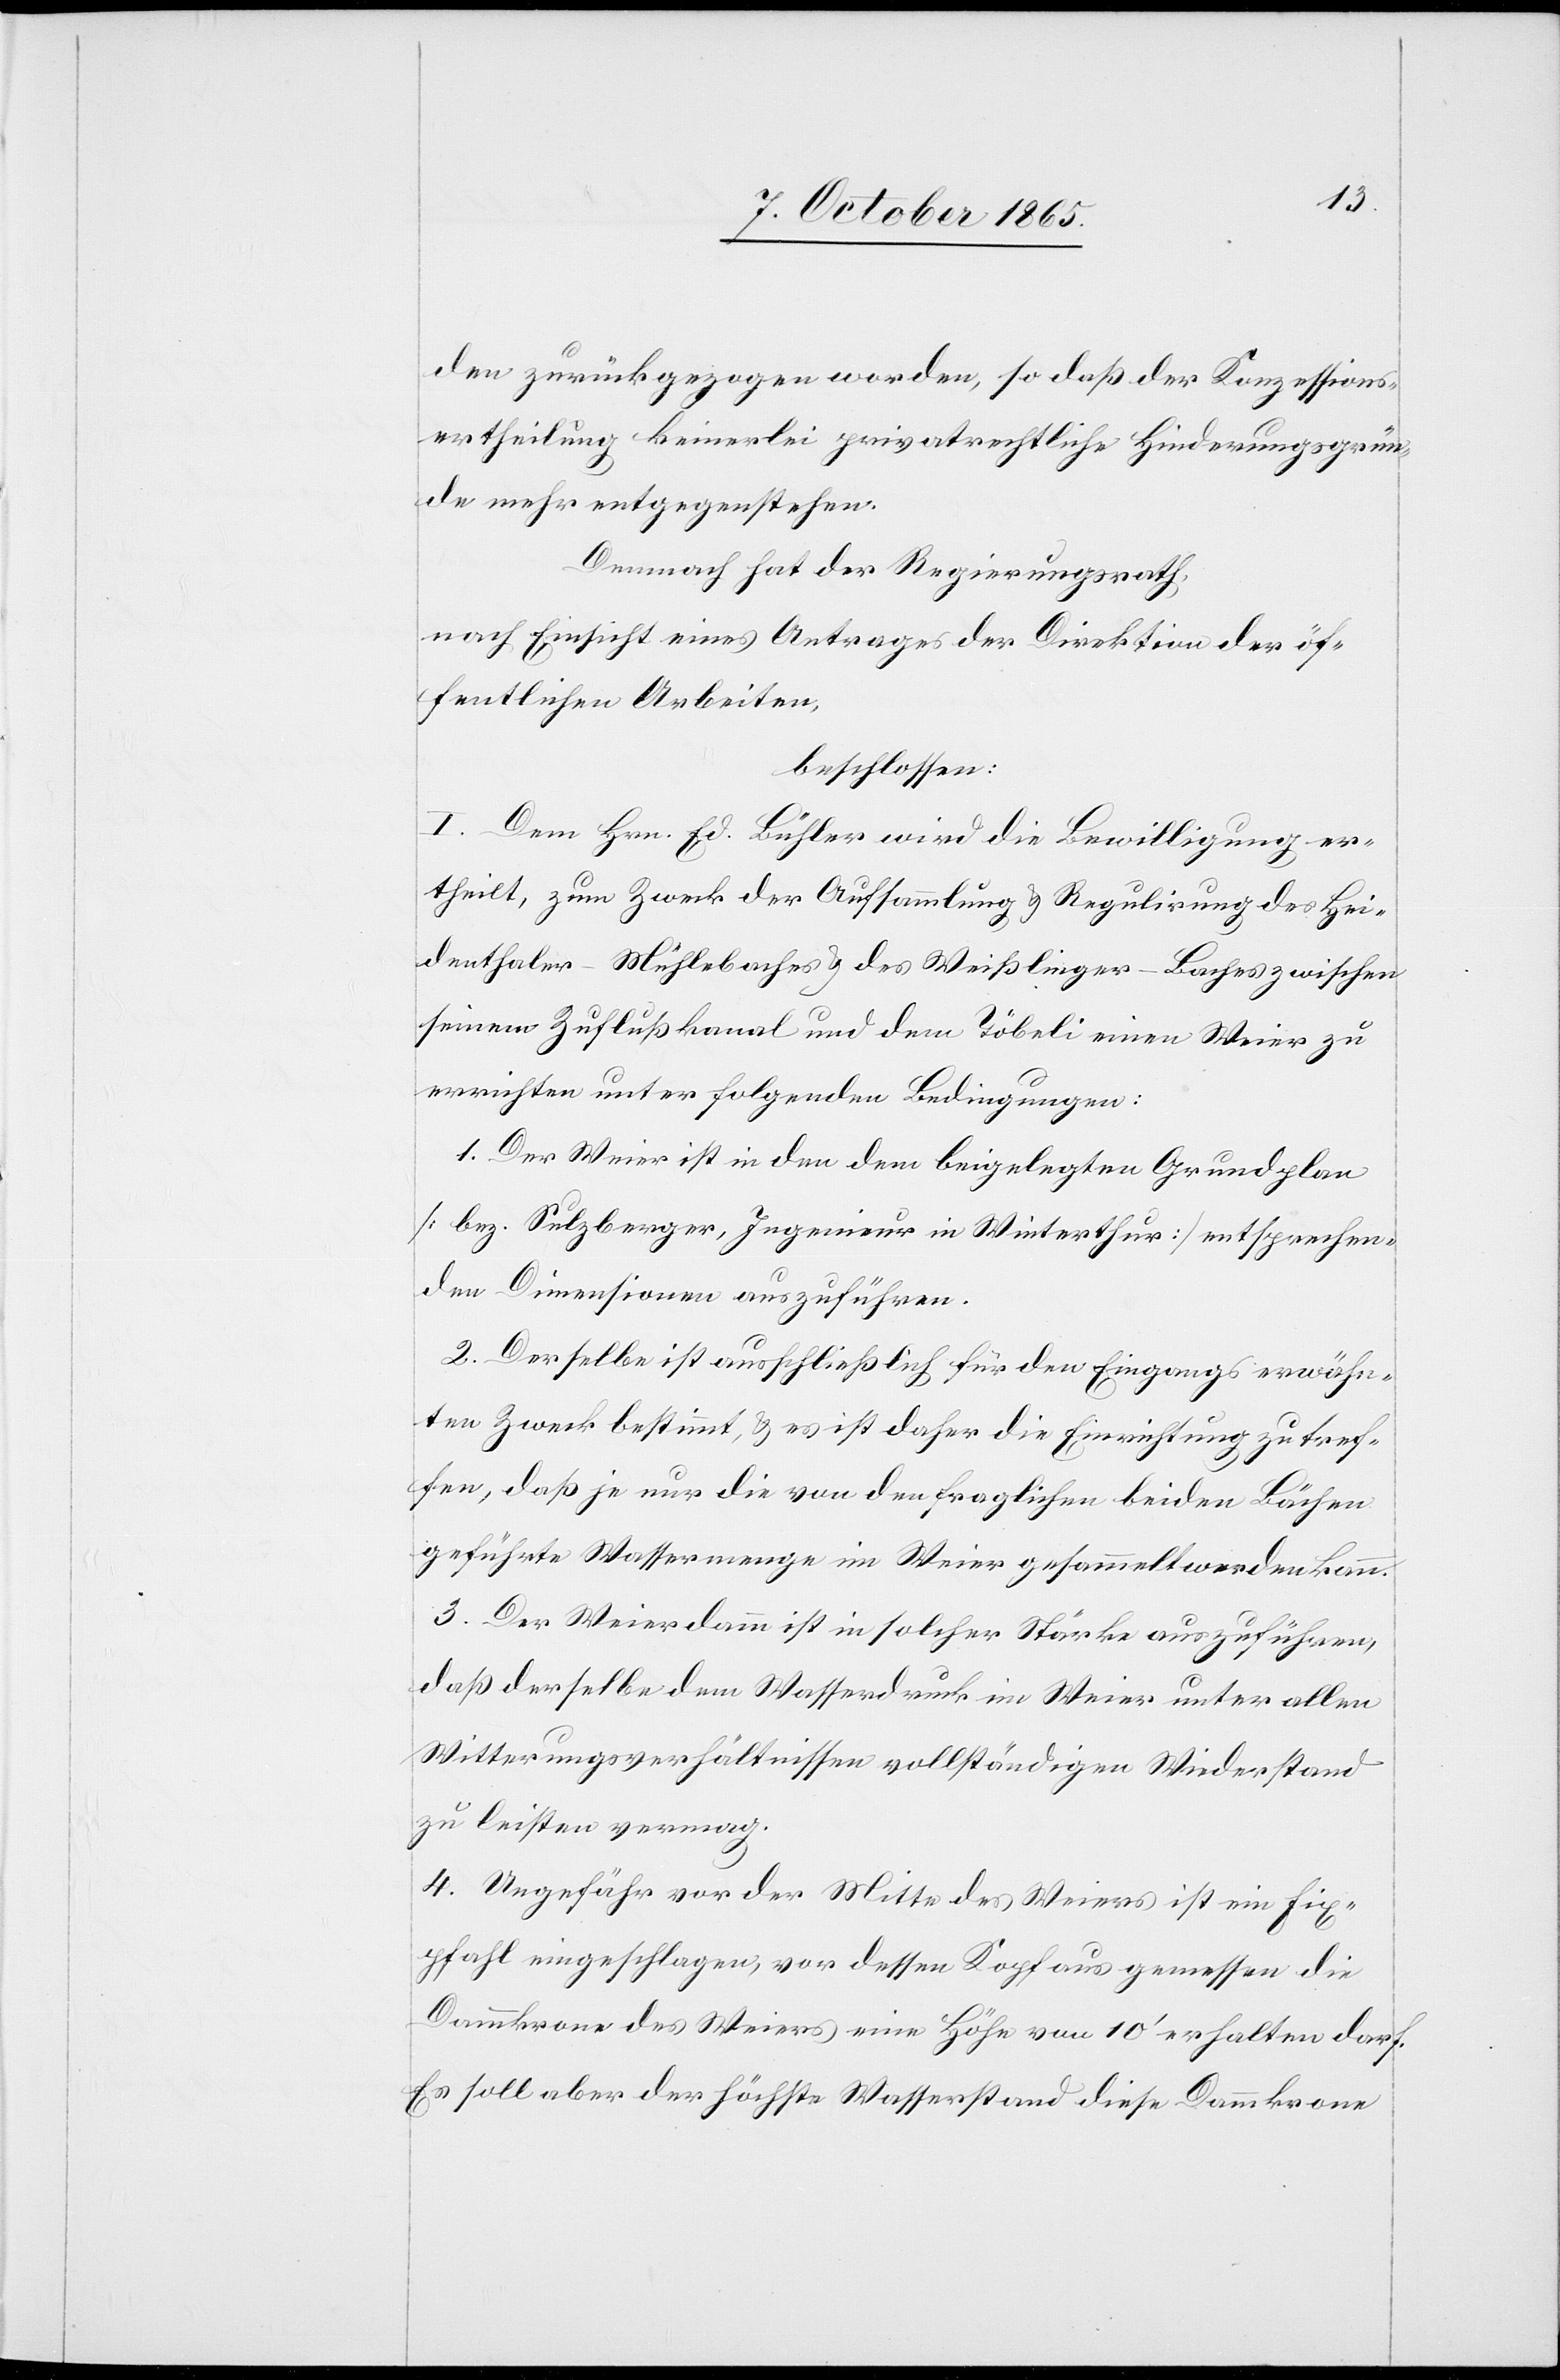
den zurückgezogen worden, so daß der Konzessions¬
ertheilung keinerlei privatrechtliche Hinderungsgrün¬
de mehr entgegenstehen.
Demnach hat der Regierungsrath,
nach Einsicht eines Antrages der Direktion der öf¬
fentlichen Arbeiten,
beschlossen:
I. Dem Hrn. Ed. Bühler wird die Bewilligung er¬
theilt, zum Zweck der Aufsammlung & Regulirung des Hei¬
denthaler-Mühlebaches & des Weißlinger-Baches zwischen
seinem Zuflußkanal und dem Töbeli einen Weier zu
errichten unter folgenden Bedingungen:
1. Der Weier ist in den dem beigelegten Grundplan
[bez. Sulzberger, Ingenieur in Winterthur] entsprechen¬
den Dimensionen auszuführen.
2. Derselbe ist ausschließlich für den Eingangs erwähn¬
ten Zweck bestimmt, & es ist daher die Einrichtung zu tref¬
fen, daß je nur die von den fraglichen beiden Bächen
geführte Wassermenge im Weier gesammelt werden kann.
3. Der Weierdamm ist in solcher Stärke auszuführen,
daß derselbe dem Wasserdruck im Weier unter allen
Witterungsverhältnissen vollständig Wiederstand
zu leisten vermag.
4. Ungefähr vor der Mitte des Weiers ist ein Fix¬
pfahl eingeschlagen, vor dessen Kopf gemessen die
Dammkrone des Weiers eine Höhe von 10’ erhalten darf.
Es soll aber der höchste Wasserstand diese Dammkrone